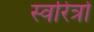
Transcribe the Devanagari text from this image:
स्वरित्रों